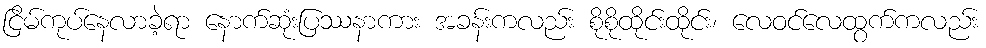
ငြိမ်ကုပ်နေလာခဲ့ရာ နောက်ဆုံးပြဿနာကား အခန်းကလည်း စိုစိုထိုင်းထိုင်း၊ လေဝင်လေထွက်ကလည်း